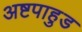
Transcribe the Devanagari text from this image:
अष्टपाहुड